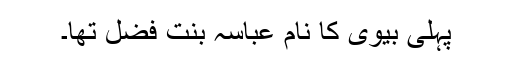
پہلی بیوی کا نام عباسہ بنت فضل تھا۔